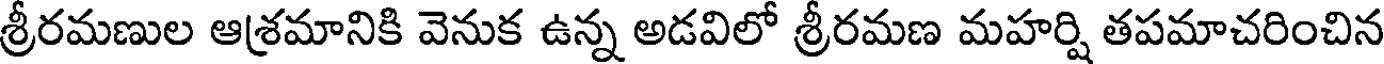
శ్రీరమణుల ఆశ్రమానికి వెనుక ఉన్న అడవిలో శ్రీరమణ మహర్షి తపమాచరించిన